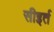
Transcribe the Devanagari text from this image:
सीइर्त